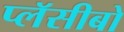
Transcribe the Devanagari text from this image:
प्लॅसीबो